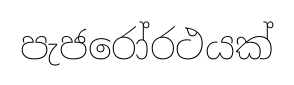
පැජරෝරථයක්